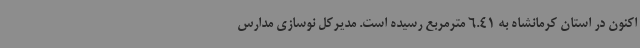
اکنون در استان کرمانشاه به 6.41 مترمربع رسیده است. مدیرکل نوسازی مدارس